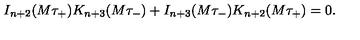
I _ { n + 2 } ( M \tau _ { + } ) K _ { n + 3 } ( M \tau _ { - } ) + I _ { n + 3 } ( M \tau _ { - } ) K _ { n + 2 } ( M \tau _ { + } ) = 0 .